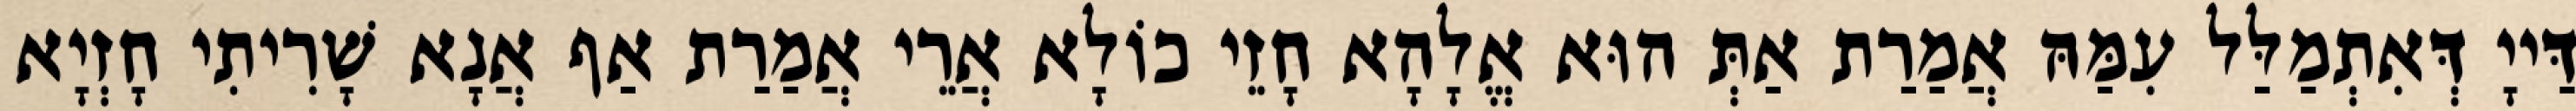
דַּייָ דְּאִתְמַלַּל עִמַּהּ אֲמַרַת אַתְּ הוּא אֱלָהָא חָזֵי כוֹלָא אֲרֵי אֲמַרַת אַף אֲנָא שָׁרִיתִי חָזְיָא